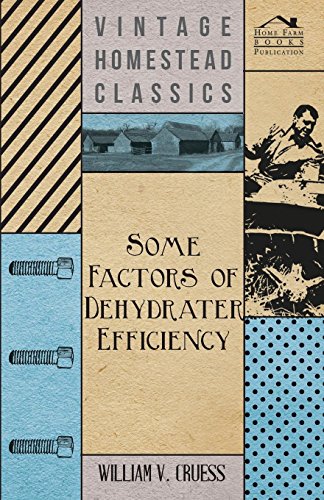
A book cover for Some Factors of Dehydrater Efficiency; William V. Cruess; Cookbooks, Food & Wine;